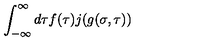
\int _ { - \infty } ^ { \infty } d \tau f ( \tau ) j ( g ( \sigma , \tau ) )